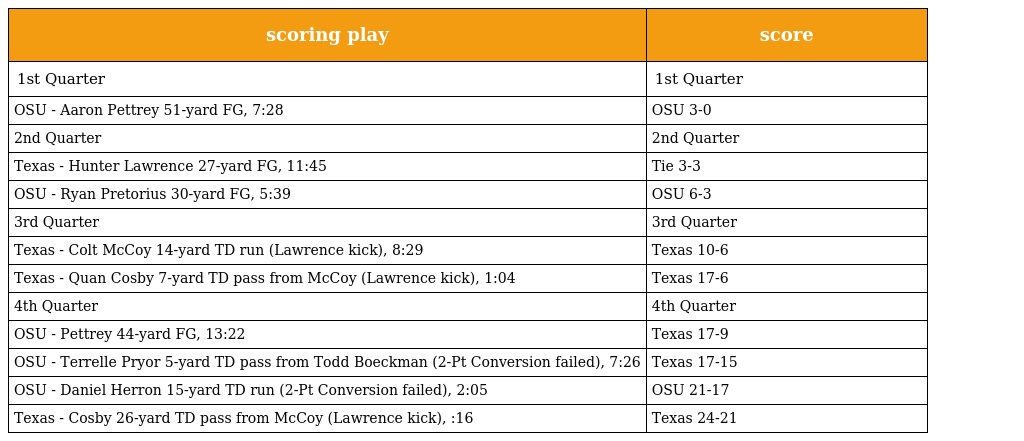
| scoring play | score |
 | --- | --- |
 | 1st Quarter | 1st Quarter |
 | OSU - Aaron Pettrey 51-yard FG, 7:28 | OSU 3-0 |
 | 2nd Quarter | 2nd Quarter |
 | Texas - Hunter Lawrence 27-yard FG, 11:45 | Tie 3-3 |
 | OSU - Ryan Pretorius 30-yard FG, 5:39 | OSU 6-3 |
 | 3rd Quarter | 3rd Quarter |
 | Texas - Colt McCoy 14-yard TD run (Lawrence kick), 8:29 | Texas 10-6 |
 | Texas - Quan Cosby 7-yard TD pass from McCoy (Lawrence kick), 1:04 | Texas 17-6 |
 | 4th Quarter | 4th Quarter |
 | OSU - Pettrey 44-yard FG, 13:22 | Texas 17-9 |
 | OSU - Terrelle Pryor 5-yard TD pass from Todd Boeckman (2-Pt Conversion failed), 7:26 | Texas 17-15 |
 | OSU - Daniel Herron 15-yard TD run (2-Pt Conversion failed), 2:05 | OSU 21-17 |
 | Texas - Cosby 26-yard TD pass from McCoy (Lawrence kick), :16 | Texas 24-21 |